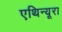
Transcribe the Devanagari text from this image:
एथिन्यूरा